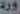
ورد